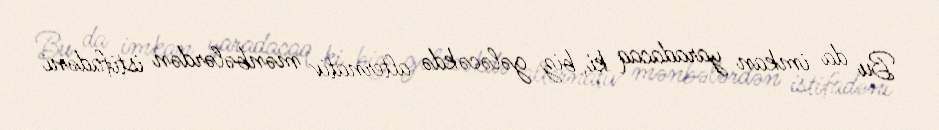
Bu da imkan yaradacaq ki, biz gələcəkdə alternativ mənbələrdən istifadəni